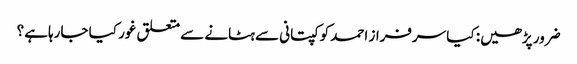
ضرور پڑھیں: کیا سرفراز احمد کو کپتانی سے ہٹانے سے متعلق غور کیا جارہاہے ؟